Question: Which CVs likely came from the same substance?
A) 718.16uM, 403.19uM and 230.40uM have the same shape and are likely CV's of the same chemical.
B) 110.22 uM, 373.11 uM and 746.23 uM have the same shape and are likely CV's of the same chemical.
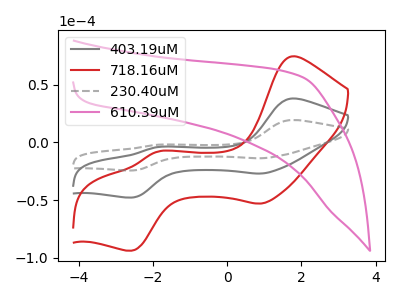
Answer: <think>The gray curve "403.19uM" has anodic peaks at (1.75V, 37.95uA) (-1.90V, -4.20uA) and cathodic peaks at (0.90V, -27.05uA) (-2.55V, -47.85uA). The red curve "718.16uM" has anodic peaks at (1.75V, 74.45uA) (-1.90V, -8.25uA) and cathodic peaks at (0.90V, -53.05uA) (-2.55V, -93.85uA). The gray dashed curve "230.40uM" has anodic peaks at (1.75V, 75.95uA) (-1.90V, -8.40uA) and cathodic peaks at (0.90V, -54.10uA) (-2.55V, -95.70uA). The pink curve "610.39uM" has no peaks.
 All the peaks in "403.19uM" have a peak in "718.16uM" at the same potential. All the peaks in "403.19uM" have a peak in "230.40uM" at the same potential. "403.19uM" and "610.39uM" have a different number of peaks. All the peaks in "718.16uM" have a peak in "230.40uM" at the same potential. "718.16uM" and "610.39uM" have a different number of peaks. "230.40uM" and "610.39uM" have a different number of peaks.</think>
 <answer>A) "718.16uM", "403.19uM" and "230.40uM" have the same shape and are likely CV's of the same chemical.</answer>
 <eval>A</eval>